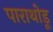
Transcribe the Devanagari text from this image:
पाराथोडू